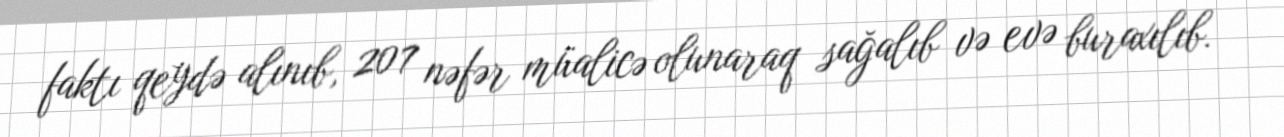
faktı qeydə alınıb, 207 nəfər müalicə olunaraq sağalıb və evə buraxılıb.